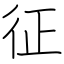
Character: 征